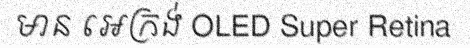
មាន អេក្រង់ OLED Super Retina